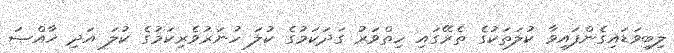
ލިބިވަޑައިގެންފައިވާ ކުލަތަކުގެ ތެރޭގައި ހިތްވަރު ގަދަކަމުގެ ކުލަ ހުނަރުވެރިކަމުގެ ކުލަ އަދި ޚާއްޞަ